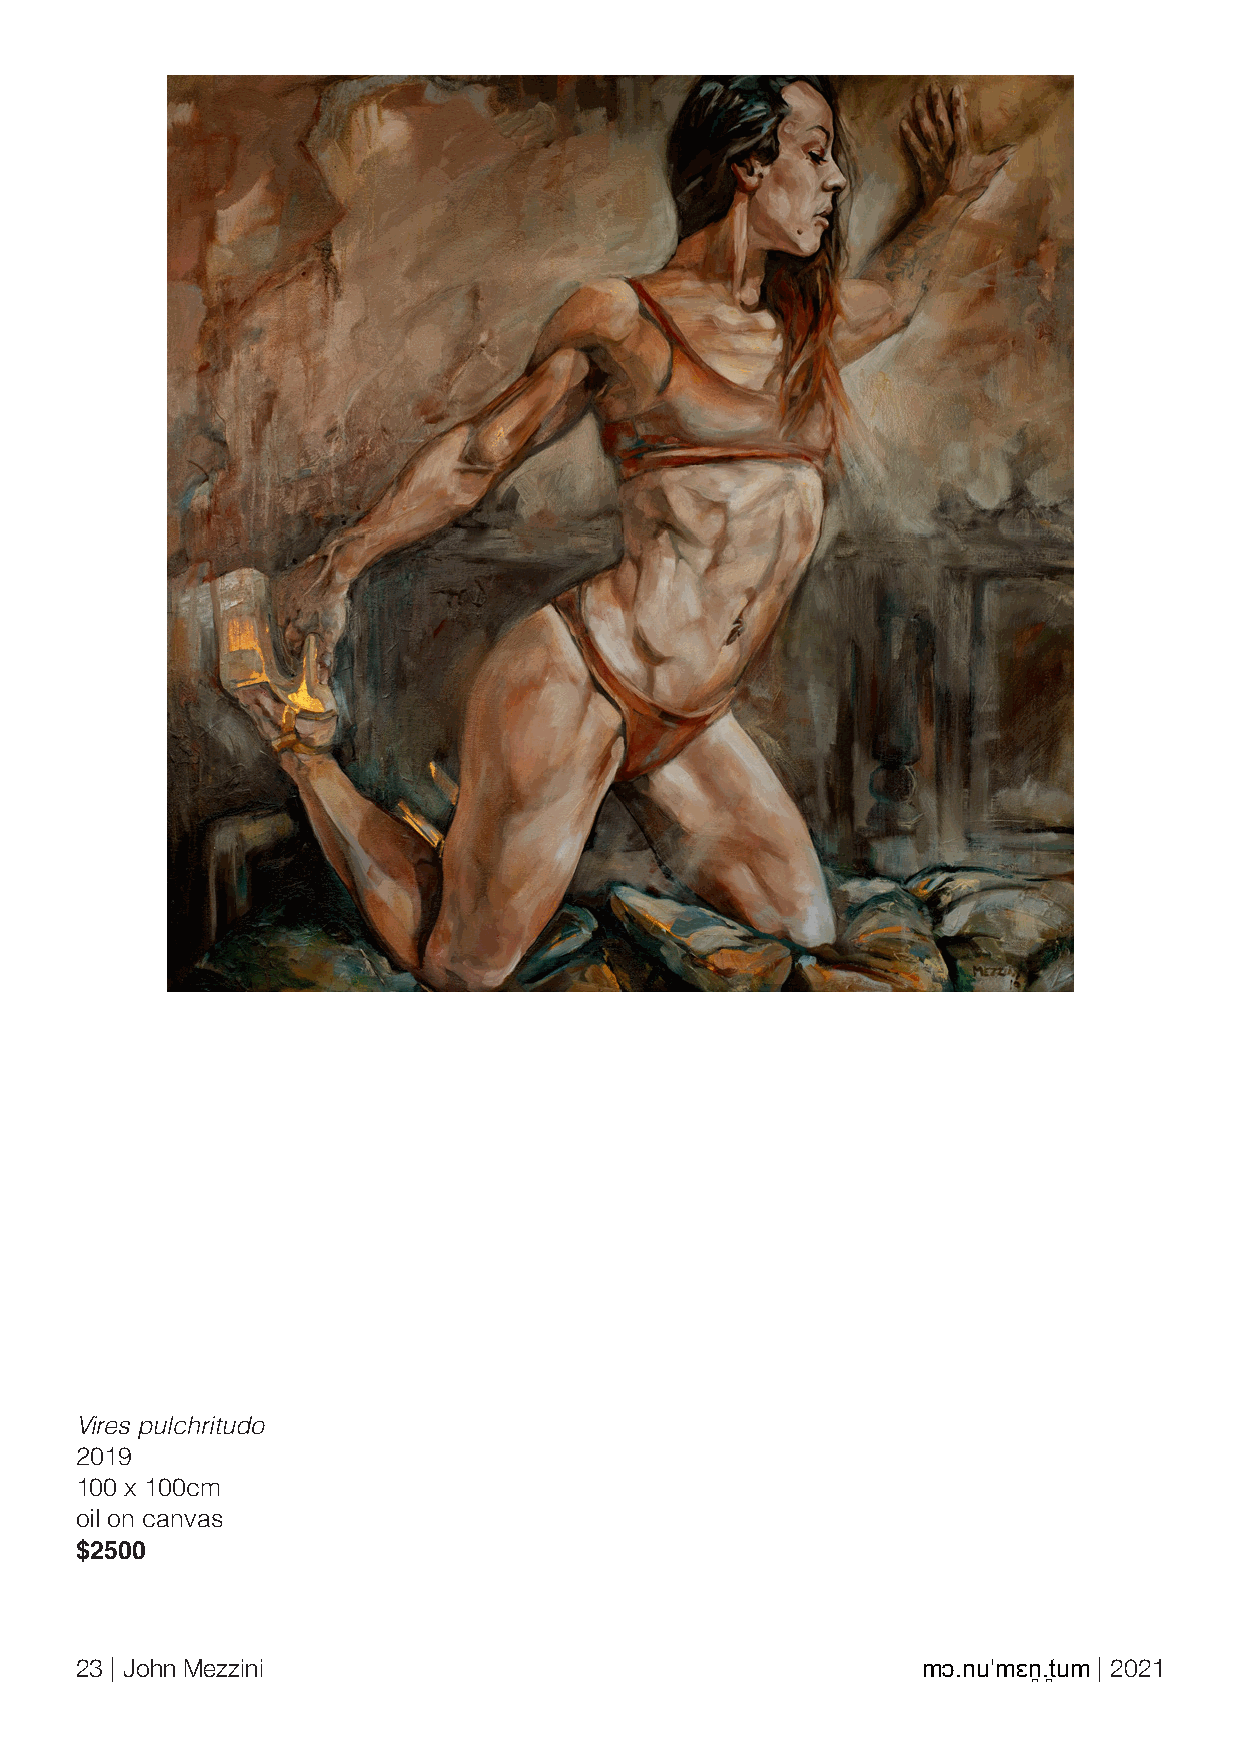
Vires pulchritudo
 2019
 100 x 100cm
 oil on canvas
 $2500
 23 | John Mezzini                                       mɔ.nuˈmɛn̪.t̪um | 2021